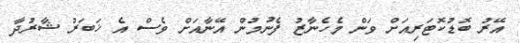
އޭރު ބޮޑުކޮޓަރިއަށް ވަން މެހެނާޒު ފެނުމުން އޭނާއަށް ވެސް އެ ޚަބަރު ޝާރުދާ